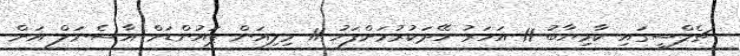
ޗެލްސީގައި ކާމިޔާބު 11 އަހަރު ހޭދަކުރުމަށްފަހު 11 މިލިއަން ޕައުންޑަށް އާސެނަލް އަށް